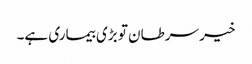
خیر سرطان تو بڑی بیماری ہے۔